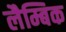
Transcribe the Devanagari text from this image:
लैम्बिक